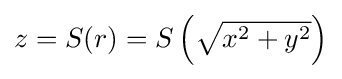
{\textstyle z=S(r)=S\left({\sqrt {x^{2}+y^{2}}}\right)}